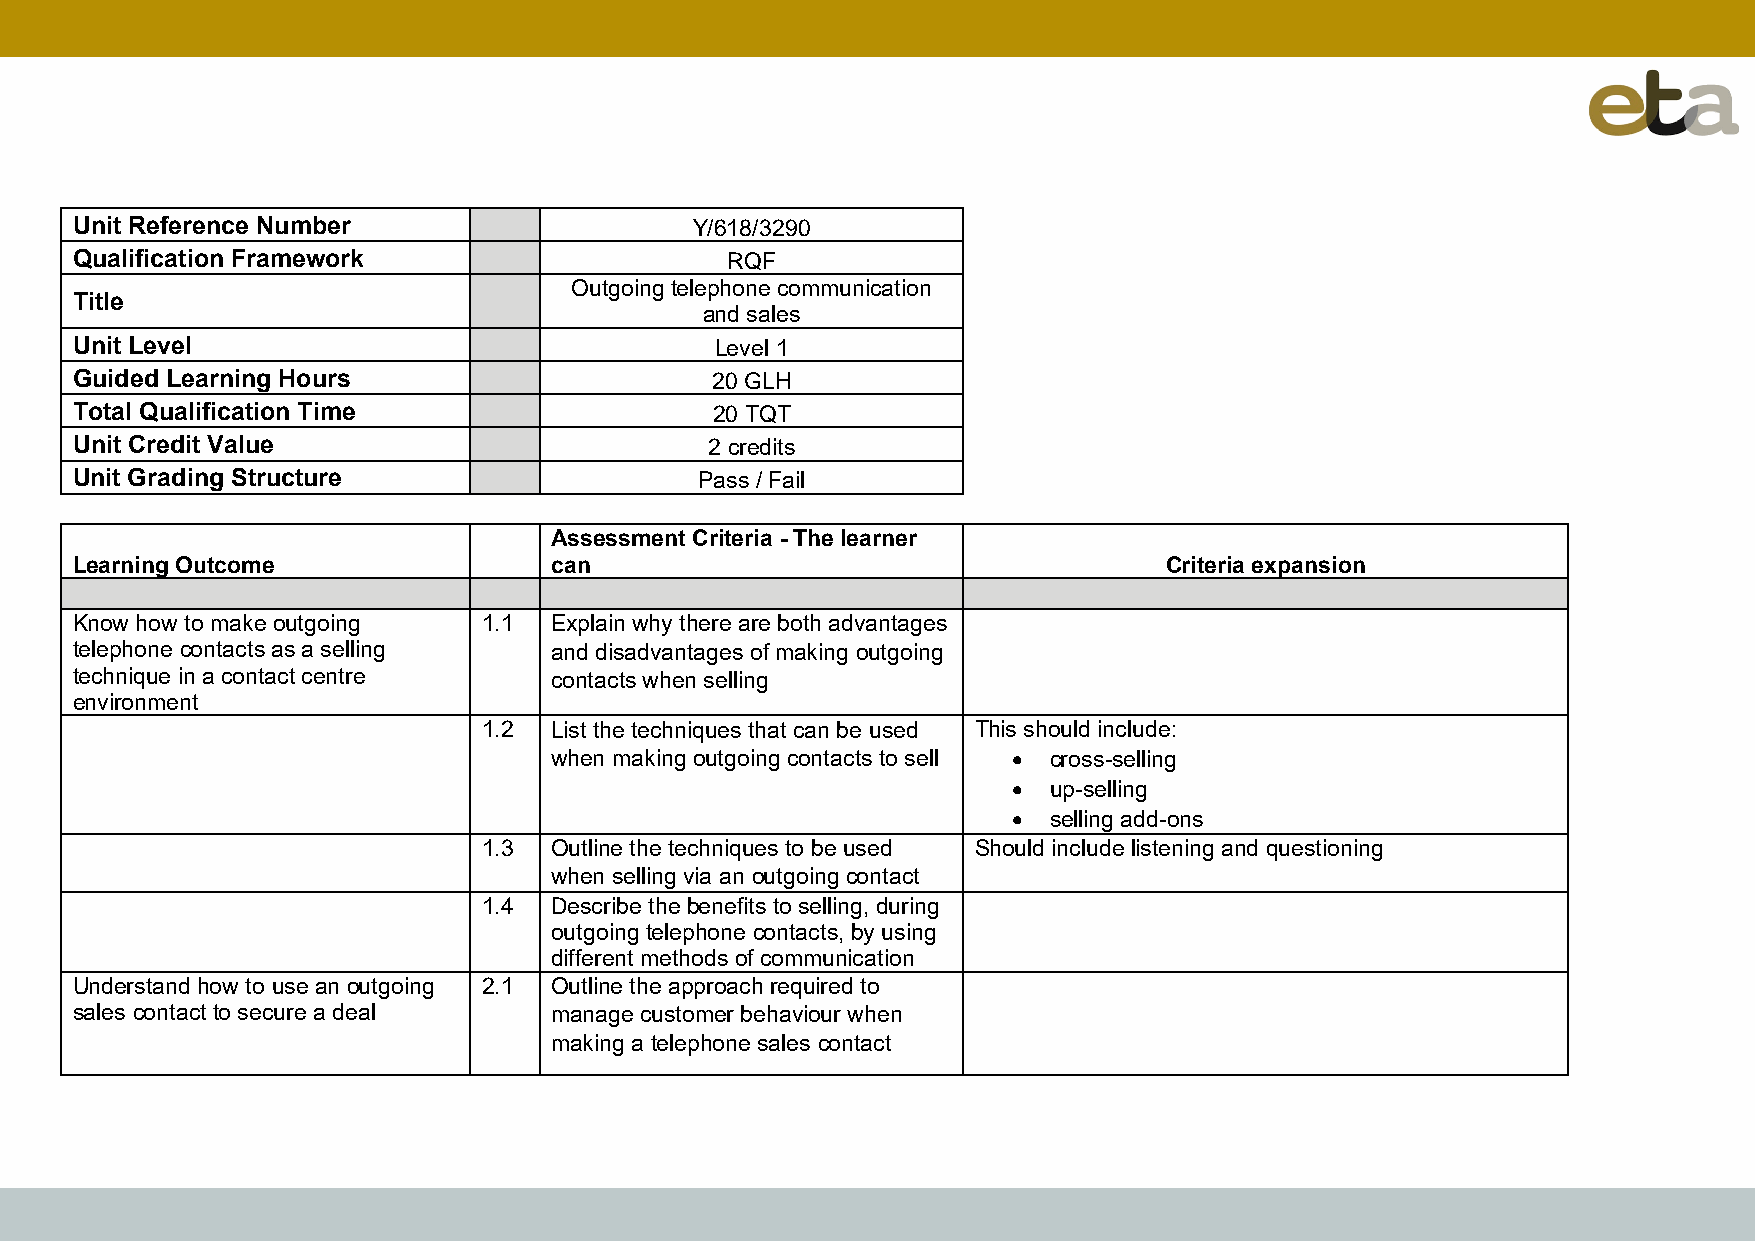
Unit Reference Number                    Y/618/3290
 Qualification Framework                    RQF
 Outgoing telephone communication
 Title
 and sales
 Unit Level                                Level 1
 Guided Learning Hours                     20 GLH
 Total Qualification Time                  20 TQT
 Unit Credit Value                         2 credits
 Unit Grading Structure                   Pass / Fail
 Assessment Criteria - The learner
 Learning Outcome               can                                      Criteria expansion
 Know how to make outgoing  1.1 Explain why there are both advantages
 telephone contacts as a selling and disadvantages of making outgoing
 technique in a contact centre  contacts when selling
 environment
 1.2 List the techniques that can be used This should include:
 when making outgoing contacts to sell • cross-selling
 • up-selling
 • selling add-ons
 1.3 Outline the techniques to be used Should include listening and questioning
 when selling via an outgoing contact
 1.4 Describe the benefits to selling, during
 outgoing telephone contacts, by using
 different methods of communication
 Understand how to use an outgoing 2.1 Outline the approach required to
 sales contact to secure a deal manage customer behaviour when
 making a telephone sales contact